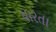
ધારતા